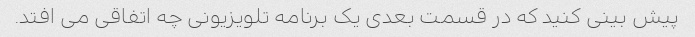
پیش بینی کنید که در قسمت بعدی یک برنامه تلویزیونی چه اتفاقی می افتد.